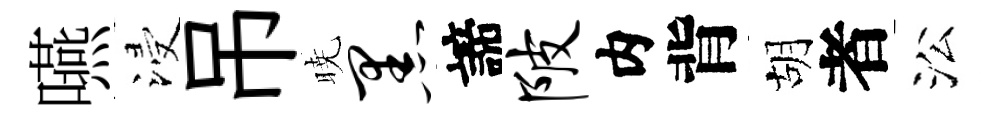
嚥浸吊暁黑諦陂内背胡者㳂